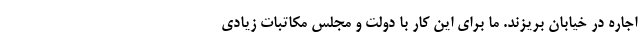
اجاره در خیابان بریزند. ما برای این کار با دولت و مجلس مکاتبات زیادی